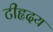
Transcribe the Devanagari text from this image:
टीहृदय